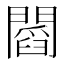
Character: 𨶒